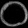
Digit: ၀